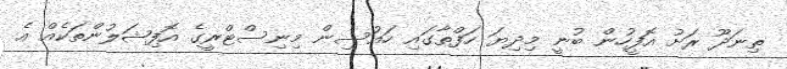
ތިނަދޫ ރަށު އޮފީހުން ބުނީ މިދިޔަ ހަފްތާގައި ހައުސިން މިނިސްޓްރީގެ އޮފިޝަލުންތަކެއް އެ